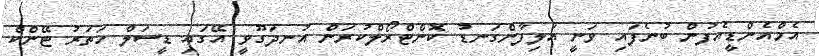
އެމްއެންޑީއެފުން ބުނެފައި ވަނީ އަލިފާންގަނޑު ކޮންޓްރޯލްކުރަން އުނދަގޫވީ އޭގައި ޑީސަލް ހަތަރު ޓޭންކް